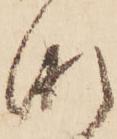
な